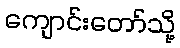
ကျောင်းတော်သို့